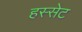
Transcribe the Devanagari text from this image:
हस्सेट